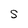
Character: S